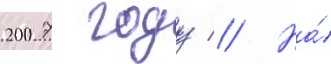
2007 году // На́